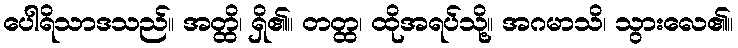
ပေါရိသာဒသည်။ အတ္ထိ၊ ရှိ၏။ တတ္ထ၊ ထိုအရပ်သို့။ အဂမာသိ၊ သွားလေ၏။